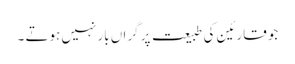
جو قارئین کی طبیعت پر گراں بار نہیں ہوتے ۔